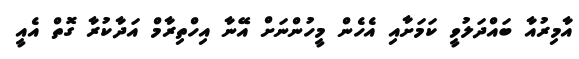
އާމިރުއާ ބައްދަލުވީ ކަމަށާއި އެހެން މީހުންނަށް އޭނާ އިހްތިރާމް އަދާކުރާ ގޮތް އެއީ